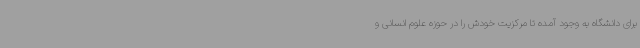
برای دانشگاه به وجود آمده تا مرکزیت خودش را در حوزه علوم انسانی و